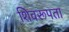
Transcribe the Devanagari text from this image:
शिवरूपता